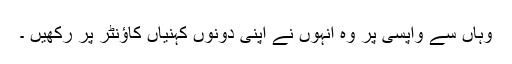
وہاں سے واپسی پر وہ انہوں نے اپنی دونوں کہنیاں کاؤنٹر پر رکھیں ۔